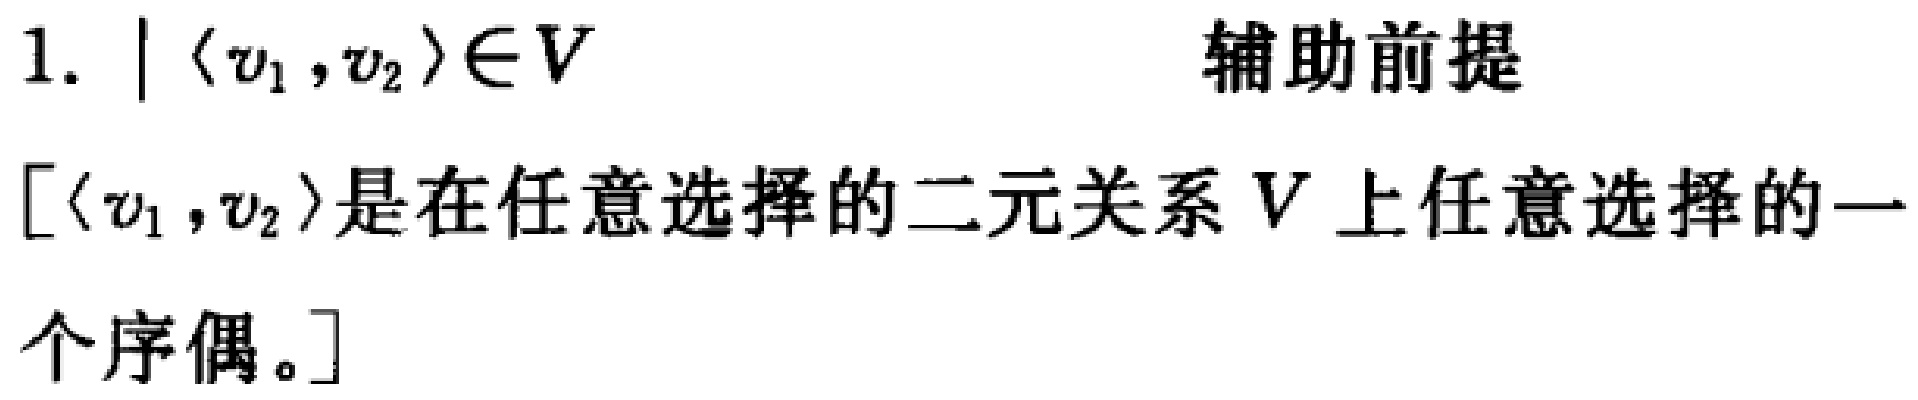
1. \(|\langle v_1, v_2\rangle\in V\)  辅助前提
\([\langle v_1, v_2\rangle\)是在任意选择的二元关系 \(V\) 上任意选择的一个序偶。]